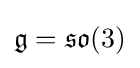
{\mathfrak {g}}={\mathfrak {so}}(3)